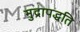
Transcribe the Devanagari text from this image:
मुद्रापद्धति